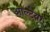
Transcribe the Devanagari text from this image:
आल्टेयर